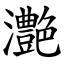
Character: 灔